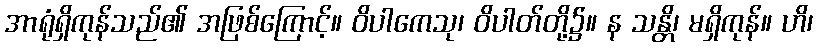
အာရုံရှိကုန်သည်၏ အဖြစ်ကြောင့်။ ဝိပါကေသု၊ ဝိပါတ်တို့၌။ န သန္တိ၊ မရှိကုန်။ ဟိ၊